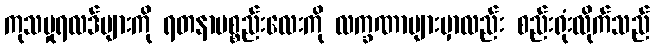
ကုသမှုရလဒ်များကို ရတနာပစ္စည်းလေးကို လက္ခဏာများမှာလည်း စည်းရုံးလိုက်သည်